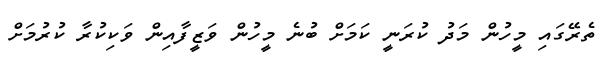
ތެރޭގައި މީހުން މަދު ކުރަނީ ކަމަށް ބުނެ މީހުން ވަޒީފާއިން ވަކިކުރާ ކުރުމަށް